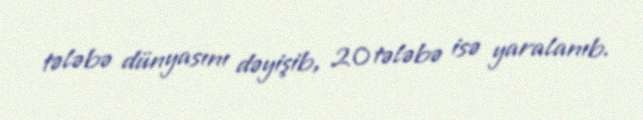
tələbə dünyasını dəyişib, 20 tələbə isə yaralanıb.